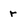
Character: r